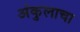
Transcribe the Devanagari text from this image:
अंकुलाचा